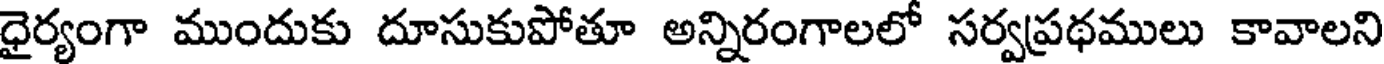
ధైర్యంగా ముందుకు దూసుకుపోతూ అన్నిరంగాలలో సర్వప్రథములు కావాలని